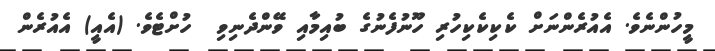
މީހުންނެވެ. އެއުރެންނަށް ކެކިކެކިހުރި ހޫނުފެނުގެ ބުއިމާއި ވޭންދެނިވި  ހުށްޓެވެ. (އެއީ) އެއުރެން